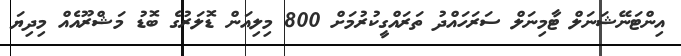
އިންޓަނޭޝަނަލް ޓާމިނަލް ސަރަހައްދު ތަރައްގީކުރުމަށް 800 މިލިއަން ޑޮލަރުގެ ބޮޑު މަޝްރޫއެއް މިދިޔަ